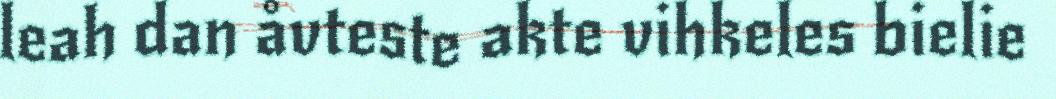
leah dan åvteste akte vihkeles bielie